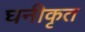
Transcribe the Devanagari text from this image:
घनीकृत